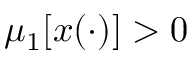
\mu _ { 1 } \lbrack x ( \cdot ) \rbrack > 0